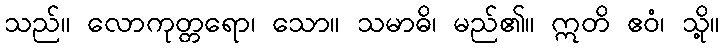
သည်။ လောကုတ္တရော၊ သော။ သမာဓိ၊ မည်၏။ ဣတိ ဧဝံ၊ သို့။